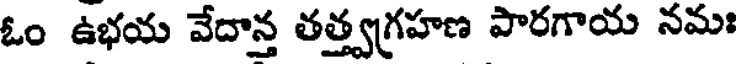
ఓం ఉభయ వేదాన్త తత్త్వగ్రహణ పారగాయ నమః